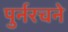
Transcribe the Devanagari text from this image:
पुर्नरचने